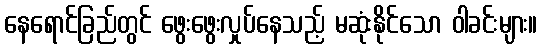
နေရောင်ခြည်တွင် ဖွေးဖွေးလှုပ်နေသည့် မဆုံးနိုင်သော ဝါခင်းများ။